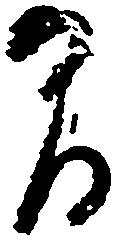
間